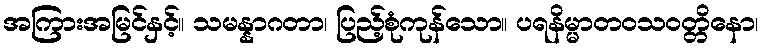
အကြားအမြင်နှင့်။ သမန္နာဂတာ၊ ပြည့်စုံကုန်သော။ ပရနိမ္မာတဝသဝတ္တိနော၊